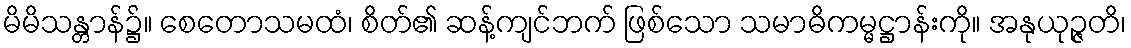
မိမိသန္တာန်၌။ စေတောသမထံ၊ စိတ်၏ ဆန့်ကျင်ဘက် ဖြစ်သော သမာဓိကမ္မဋ္ဌာန်းကို။ အနုယုဉ္ဇတိ၊